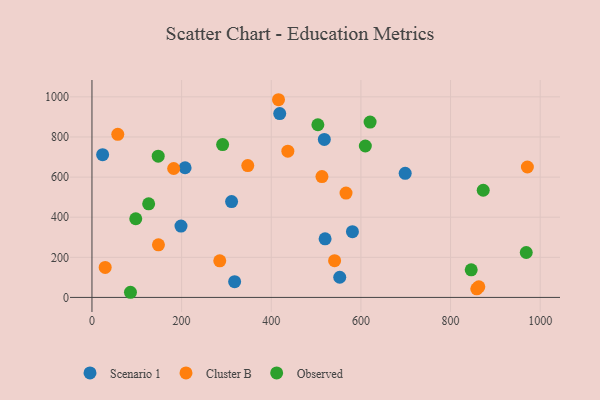
{"axis": {"x": "Study Hours", "y": "Sales"}, "legend": ["Cluster B", "Observed", "Scenario 1"], "data": [{"x": "318.3", "y": 78.4, "type": "Scenario 1"}, {"x": "198.6", "y": 355.7, "type": "Scenario 1"}, {"x": "518.4", "y": 787.7, "type": "Scenario 1"}, {"x": "581.1", "y": 327.7, "type": "Scenario 1"}, {"x": "520.1", "y": 292.1, "type": "Scenario 1"}, {"x": "698.8", "y": 618.7, "type": "Scenario 1"}, {"x": "207.8", "y": 646.6, "type": "Scenario 1"}, {"x": "23.8", "y": 711.5, "type": "Scenario 1"}, {"x": "311.5", "y": 477.8, "type": "Scenario 1"}, {"x": "418.9", "y": 916.4, "type": "Scenario 1"}, {"x": "552.8", "y": 100.6, "type": "Scenario 1"}, {"x": "437.0", "y": 729.3, "type": "Cluster B"}, {"x": "148.3", "y": 262.0, "type": "Cluster B"}, {"x": "513.1", "y": 602.3, "type": "Cluster B"}, {"x": "416.2", "y": 985.7, "type": "Cluster B"}, {"x": "57.6", "y": 813.2, "type": "Cluster B"}, {"x": "285.1", "y": 182.4, "type": "Cluster B"}, {"x": "858.5", "y": 42.9, "type": "Cluster B"}, {"x": "347.6", "y": 657.4, "type": "Cluster B"}, {"x": "541.3", "y": 183.4, "type": "Cluster B"}, {"x": "863.1", "y": 52.6, "type": "Cluster B"}, {"x": "29.5", "y": 149.3, "type": "Cluster B"}, {"x": "971.4", "y": 650.2, "type": "Cluster B"}, {"x": "566.8", "y": 520.4, "type": "Cluster B"}, {"x": "182.3", "y": 642.8, "type": "Cluster B"}, {"x": "126.5", "y": 466.5, "type": "Observed"}, {"x": "968.9", "y": 224.0, "type": "Observed"}, {"x": "147.8", "y": 704.2, "type": "Observed"}, {"x": "846.1", "y": 137.3, "type": "Observed"}, {"x": "97.7", "y": 392.2, "type": "Observed"}, {"x": "609.9", "y": 754.9, "type": "Observed"}, {"x": "85.9", "y": 25.6, "type": "Observed"}, {"x": "504.0", "y": 860.9, "type": "Observed"}, {"x": "291.5", "y": 762.3, "type": "Observed"}, {"x": "872.9", "y": 534.3, "type": "Observed"}, {"x": "620.5", "y": 874.3, "type": "Observed"}]}